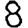
Digit: 8